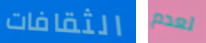
الثقافات لعدم